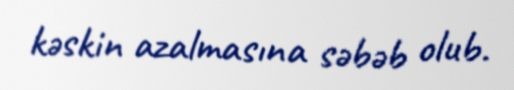
kəskin azalmasına səbəb olub.